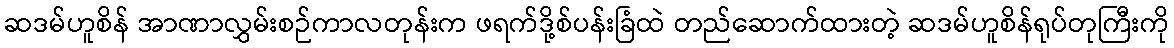
ဆဒမ်ဟူစိန် အာဏာလွှမ်းစဉ်ကာလတုန်းက ဖရက်ဒို့စ်ပန်းခြံထဲ တည်ဆောက်ထားတဲ့ ဆဒမ်ဟူစိန်ရုပ်တုကြီးကို